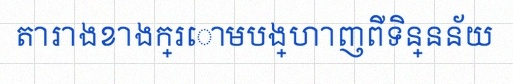
តារាងខាងក្រោមបង្ហាញពីទិន្នន័យ